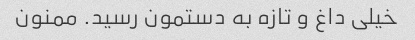
خیلی داغ و تازه به دستمون رسید. ممنون